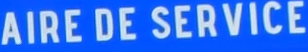
AIRE DE SERVICE